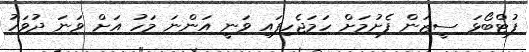
ފުޓްބޯޅަ ސީޒަން ފެށުމަށް ހަމަޖެހިފައި ވަނީ އަންނަ މަހު އަށް ވަނަ ދުވަހު